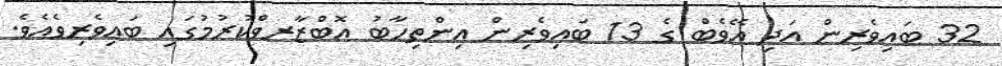
32 ބައިވެރިން އަދި އޭވެބް ގެ 13 ބައިވެރިން އިންތިހާބު އޮބްޒާރވްކުރުމުގައި ބައިވެރިވެއެވެ.